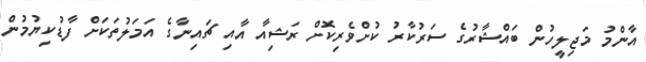
އާންމު މަޖިލީހުން ބައްޝާރުގެ ސަރުކާރު ކުށްވެރިކޮށް ރަޝިއާ އާއި ޗައިނާގެ އަމަލުތަކަށް ފާޑުކިޔުމުން